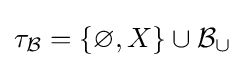
\tau _{\mathcal {B}}=\{\varnothing ,X\}\cup {\mathcal {B}}_{\cup }